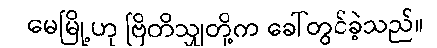
မေမြို့ဟု ဗြိတိသျှတို့က ခေါ်တွင်ခဲ့သည်။